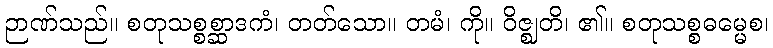
ဉာဏ်သည်။ စတုသစ္စစ္ဆာဒကံ၊ တတ်သော။ တမံ၊ ကို။ ဝိဇ္ဈတိ၊ ၏။ စတုသစ္စဓမ္မေစ၊